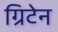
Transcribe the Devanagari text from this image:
ग्रिटेन